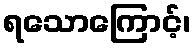
ရသောကြောင့်၊